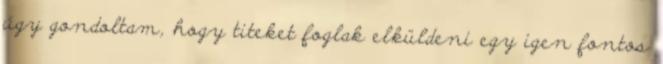
úgy gondoltam, hogy titeket foglak elküldeni egy igen fontos